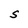
Character: S